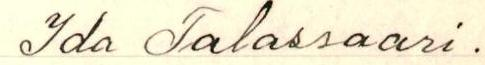
Ida Talassaari.